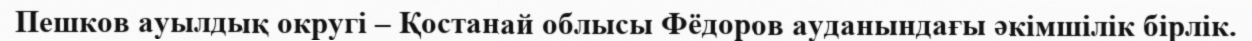
Пешков ауылдық округі – Қостанай облысы Фёдоров ауданындағы әкімшілік бірлік.